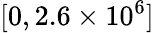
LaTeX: [0,2.6\times 10^{6}]